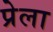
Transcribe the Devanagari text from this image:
प्रेला